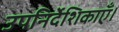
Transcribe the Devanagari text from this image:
उपनिर्देशिकाएँ।